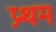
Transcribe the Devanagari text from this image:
प्र्थम